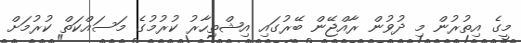
މީގެ އިތުރުން މި ދުވުން ރާއްޖޭން ބޭރުގައި އިޝްތިހާރު ކުރުމުގެ މަަސައްކަތް ކުރުމަށް